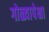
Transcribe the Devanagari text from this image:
गोळ्यापेक्षा